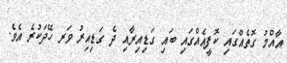
އާއްމު ގޮތެއްގައި ކޮފީއެއްގައި ބައި ގަޑިއިރާއި ދެ ގަޑިއިރު ވަރ ހޭދަކުރެ އެވެ.